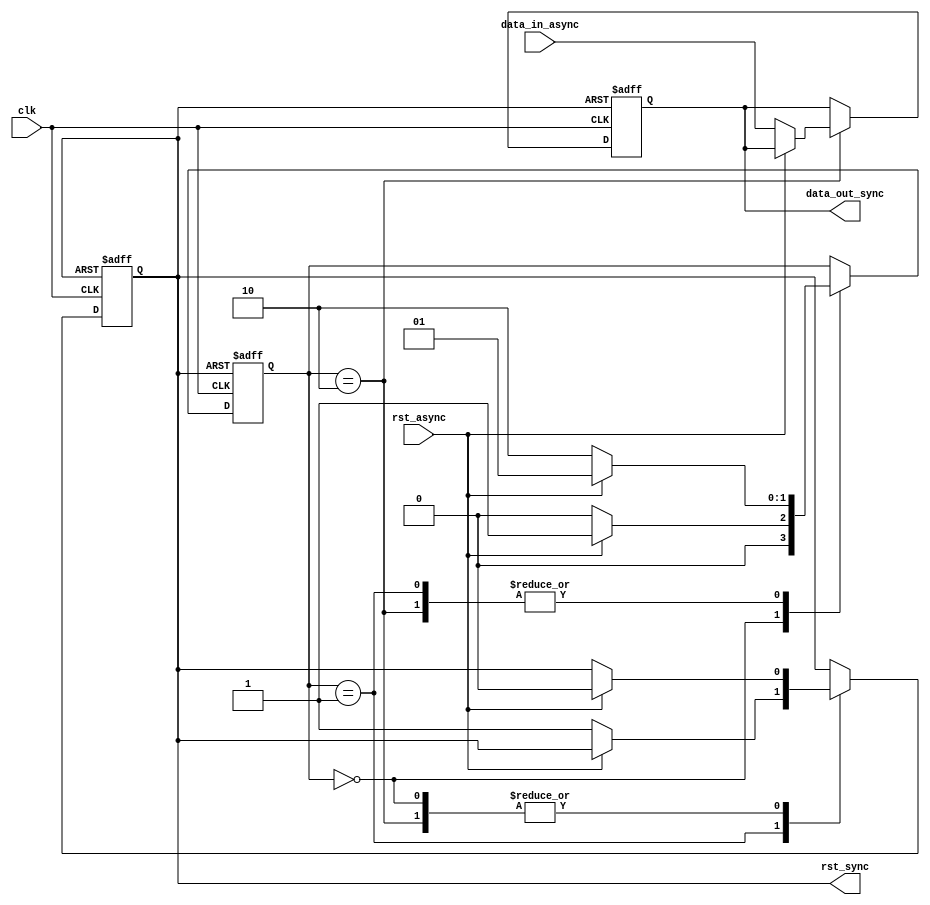
module synchronizer_with_reset (
    input wire clk,
    input wire rst_async,
    input wire data_in_async,
    output reg data_out_sync,
    output reg rst_sync
);

reg [1:0] state;

always @(posedge clk or posedge rst_sync) begin
    if (rst_sync) begin
        state <= 2'b00;
        data_out_sync <= 1'b0;
        rst_sync <= 1'b0;
    end else begin
        case (state)
            2'b00: begin // Idle state
                if (rst_async) begin
                    state <= 2'b01;
                    rst_sync <= 1'b0;
                end else begin
                    state <= 2'b00;
                end
            end
            2'b01: begin // Reset sync state
                if (!rst_async) begin
                    state <= 2'b10;
                    rst_sync <= 1'b1;
                end else begin
                    state <= 2'b01;
                end
            end
            2'b10: begin // Data sync state
                if (rst_async) begin
                    state <= 2'b01;
                    rst_sync <= 1'b0;
                end else begin
                    state <= 2'b10;
                    data_out_sync <= data_in_async;
                end
            end
        endcase
    end
end

endmodule